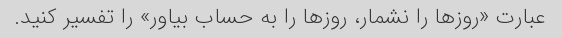
عبارت «روزها را نشمار، روزها را به حساب بیاور» را تفسیر کنید.